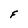
Character: F